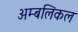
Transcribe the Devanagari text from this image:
अम्बलिकल